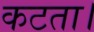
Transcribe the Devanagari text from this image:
कटता।